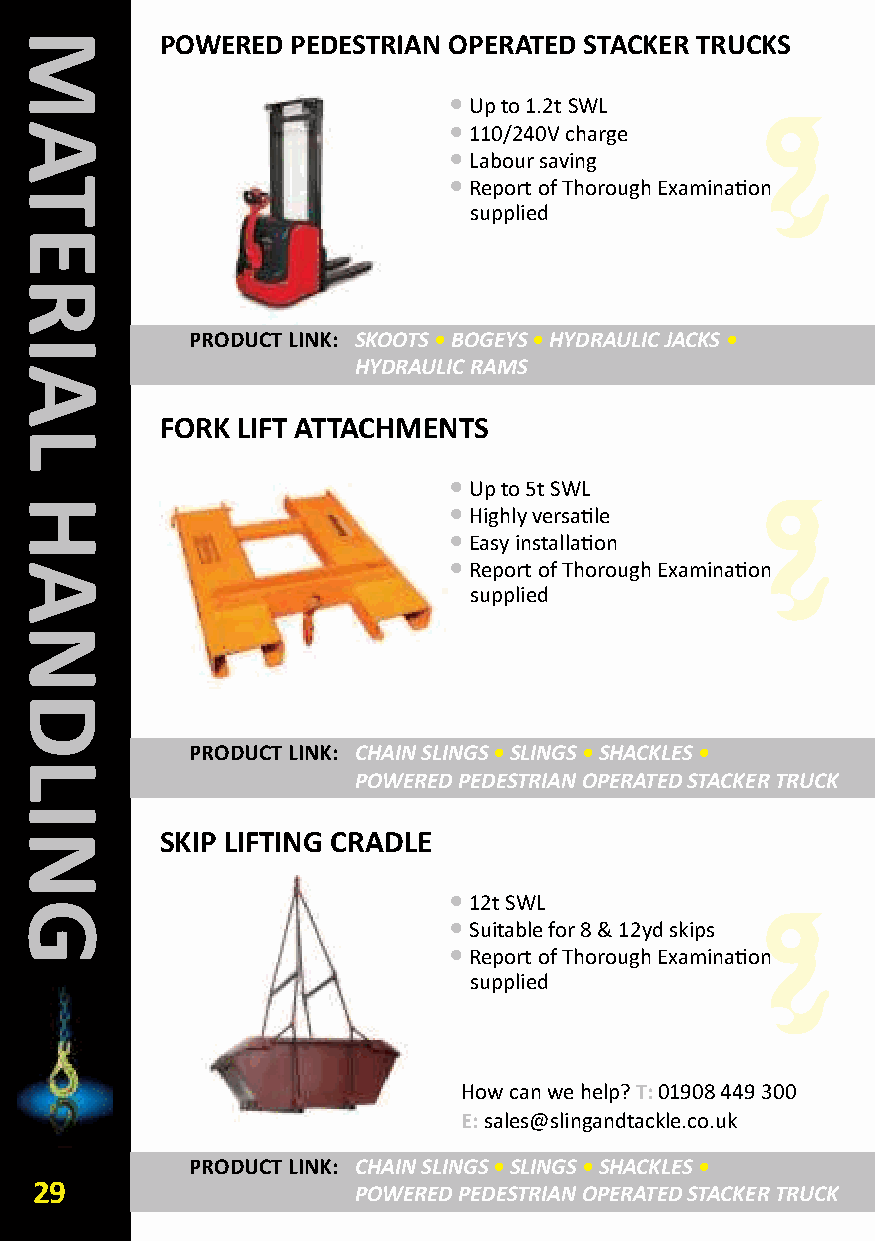
POWERED PEDESTRIAN OPERATED STACkER TRUCkS
 •Up to 1.2t SWL
 •110/240V charge
 •Labour saving
 •Report of Thorough Examination
 supplied
 PRODUCT LINk: SKOOTS•BOGEYS•HYDRAULIC JACKS •
 HYDRAULIC RAMS
 FORk LIFT ATTACHMENTS
 •Up to 5t SWL
 •Highly versatile
 •Easy installation
 •Report of Thorough Examination
 supplied
 PRODUCT LINk: CHAIN SLINGS•SLINGS •SHACKLES •
 POWERED PEDESTRIAN OPERATED STACKER TRUCK
 SkIP LIFTING CRADLE
 •12t SWL
 •Suitable for 8 & 12yd skips
 •Report of Thorough Examination
 supplied
 How can we help? T:01908 449 300
 E:sales@slingandtackle.co.uk
 PRODUCT LINk: CHAIN SLINGS•SLINGS •SHACKLES •
 29                   POWERED PEDESTRIAN OPERATED STACKER TRUCK
 MATERIAL
 HANDLING